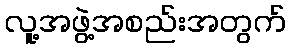
လူ့အဖွဲ့အစည်းအတွက်